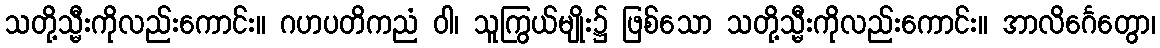
သတို့သ္မီးကိုလည်းကောင်း။ ဂဟပတိကညံ ဝါ၊ သူကြွယ်မျိုး၌ ဖြစ်သော သတို့သ္မီးကိုလည်းကောင်း။ အာလိင်္ဂေတွော၊